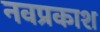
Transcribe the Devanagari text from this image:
नवप्रकाश